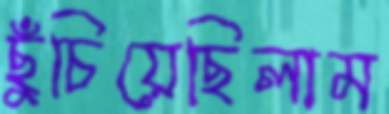
ছুঁচিয়েছিলাম